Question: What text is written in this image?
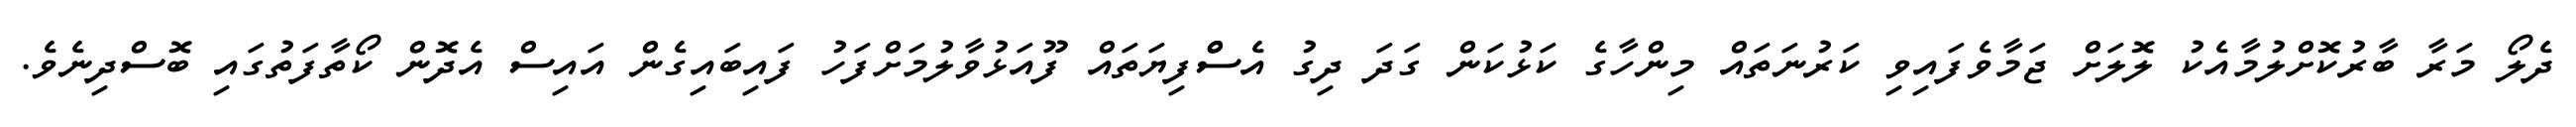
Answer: ދެލޯ މަރާ ބާރުކޮށްލުމާއެކު ލޮލަށް ޖަމާވެފައިވި ކަރުނަތައް މިންހާގެ ކަޅުކަން ގަދަ ދިގު އެސްްފިޔަތައް ފޫއަޅުވާލުމަށްފަހު ފައިބައިގެން އައިސް އެދޮން ކޯތާފަތުގައި ބޮސްދިނެވެ.